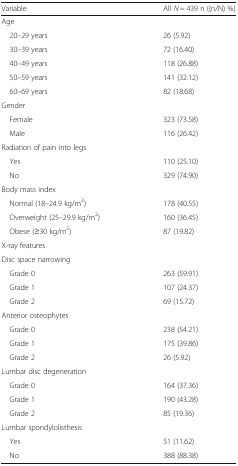
| Variable | All N = 439 n ((n/N) %) |
 | --- | --- |
 | <COLSPAN=2> Age |
 | 20–29 years | 26 (5.92) |
 | 30–39 years | 72 (16.40) |
 | 40–49 years | 118 (26.88) |
 | 50–59 years | 141 (32.12) |
 | 60–69 years | 82 (18.68) |
 | <COLSPAN=2> Gender |
 | Female | 323 (73.58) |
 | Male | 116 (26.42) |
 | <COLSPAN=2> Radiation of pain into legs |
 | Yes | 110 (25.10) |
 | No | 329 (74.90) |
 | <COLSPAN=2> Body mass index |
 | Normal (18–24.9 kg/m2) | 178 (40.55) |
 | Overweight (25–29.9 kg/m2) | 160 (36.45) |
 | Obese (≥30 kg/m2) | 87 (19.82) |
 | <COLSPAN=2> X-ray features |
 | <COLSPAN=2> Disc space narrowing |
 | Grade 0 | 263 (59.91) |
 | Grade 1 | 107 (24.37) |
 | Grade 2 | 69 (15.72) |
 | <COLSPAN=2> Anterior osteophytes |
 | Grade 0 | 238 (54.21) |
 | Grade 1 | 175 (39.86) |
 | Grade 2 | 26 (5.92) |
 | <COLSPAN=2> Lumbar disc degeneration |
 | Grade 0 | 164 (37.36) |
 | Grade 1 | 190 (43.28) |
 | Grade 2 | 85 (19.36) |
 | <COLSPAN=2> Lumbar spondylolisthesis |
 | Yes | 51 (11.62) |
 | No | 388 (88.38) |